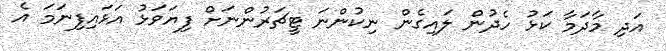
އަދި މާދަމާ ކަޅު ހެދުން ލައިގެން ނިކުންނަ ޓީޗަރުންނަށް ފިޔަވަޅު އަޅައިފިނަމަ އެ